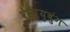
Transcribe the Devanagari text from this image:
वेसेऱ्युबुंग